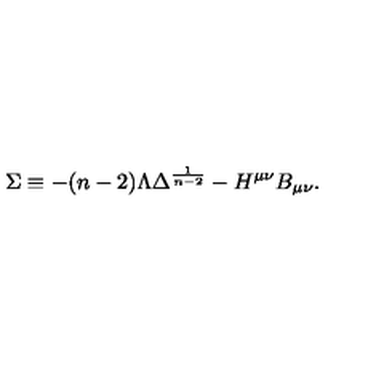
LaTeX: \Sigma \equiv - ( n - 2 ) \Lambda \Delta ^ { \frac { 1 } { n - 2 } } - H ^ { \mu \nu } B _ { \mu \nu } .